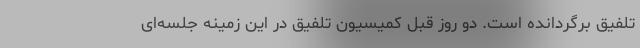
تلفیق برگردانده است. دو روز قبل کمیسیون تلفیق در این زمینه جلسه‌ای